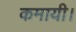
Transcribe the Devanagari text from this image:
कमायी।